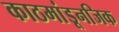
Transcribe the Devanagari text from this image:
काठमांडूनजिक